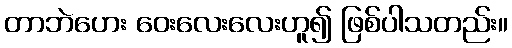
တာဘဲဟေး ဝေးလေးလေးဟူ၍ ဖြစ်ပါသတည်း။